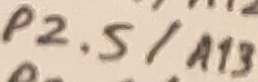
Text: P2.5/A13